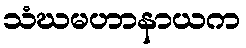
သံဃမဟာနာယက